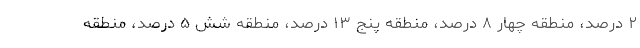
۲ درصد، منطقه چهار ۸ درصد، منطقه پنج ۱۳ درصد، منطقه شش ۵ درصد، منطقه